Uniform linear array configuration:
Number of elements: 32
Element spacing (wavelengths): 1
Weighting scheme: hann
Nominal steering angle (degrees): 15
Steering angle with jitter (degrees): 14.627
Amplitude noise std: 0.05
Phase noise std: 0.05

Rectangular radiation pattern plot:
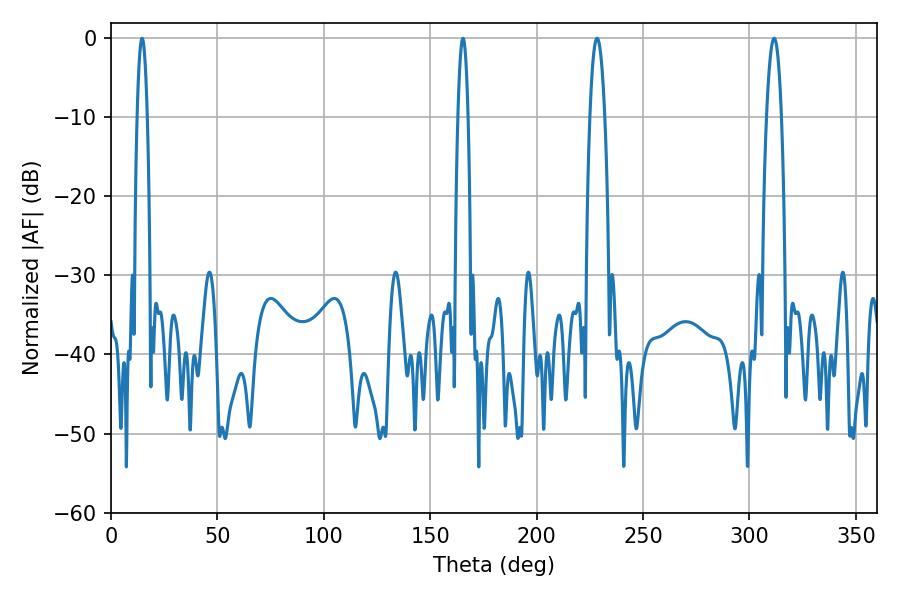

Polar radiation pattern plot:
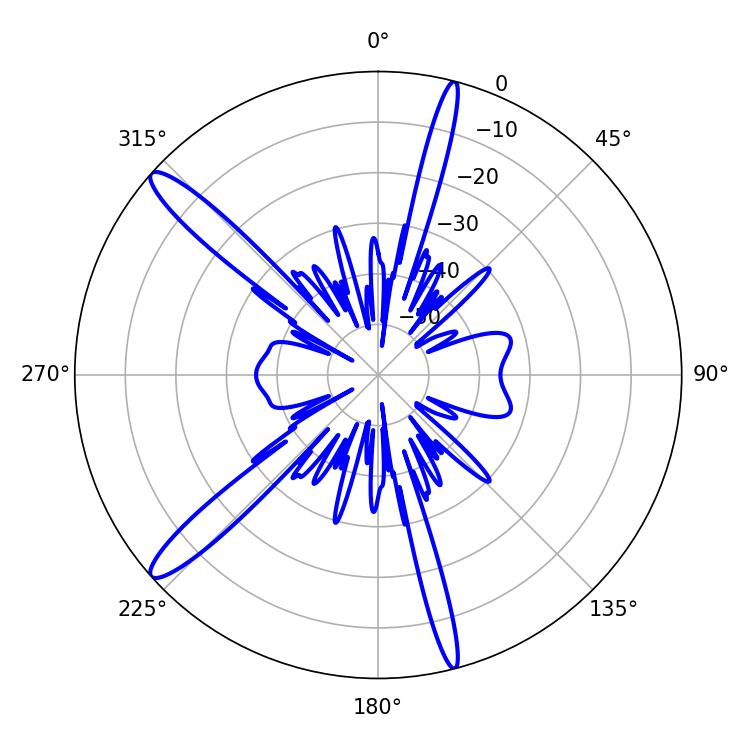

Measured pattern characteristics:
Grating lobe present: TRUE
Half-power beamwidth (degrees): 3.96
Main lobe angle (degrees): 228.42